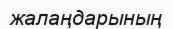
жалаңдарының